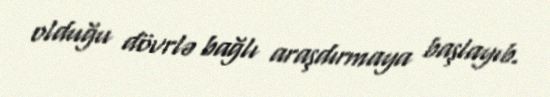
olduğu dövrlə bağlı araşdırmaya başlayıb.